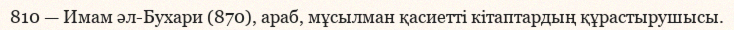
810 — Имам әл-Бухари (870), араб, мұсылман қасиеттi кiтаптардың құрастырушысы.